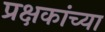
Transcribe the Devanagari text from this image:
प्रक्षकांच्या